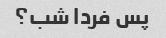
پس فردا شب؟